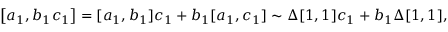
\left[ a _ { 1 } , b _ { 1 } c _ { 1 } \right] = [ a _ { 1 } , b _ { 1 } ] c _ { 1 } + b _ { 1 } [ a _ { 1 } , c _ { 1 } ] \sim \Delta [ 1 , 1 ] c _ { 1 } + b _ { 1 } \Delta [ 1 , 1 ] ,